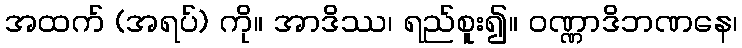
အထက် (အရပ်) ကို။ အာဒိဿ၊ ရည်စူး၍။ ဝဏ္ဏာဒိဘဏနေ၊